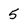
Character: 5